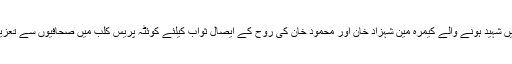
یہ بات انہوں نے سول ہسپتال کوئٹہ میں خود کش دھماکے میں شہید ہونے والے کیمرہ مین شہزاد خان اور محمود خان کی روح کے ایصال ثواب کیلئے کوئٹہ پریس کلب میں صحافیوں سے تعزیت اورفاتحہ خوانی کے موقع پر بات چیت کرتے ہوئے کہی۔